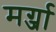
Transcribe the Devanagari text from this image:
मर्ग्जा